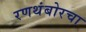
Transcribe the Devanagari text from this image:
रणथंबोरचा